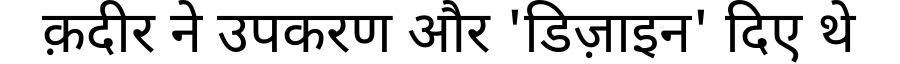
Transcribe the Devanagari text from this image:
क़दीर ने उपकरण और 'डिज़ाइन' दिए थे